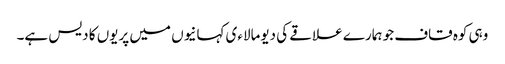
وہی کوہ قاف جو ہمارے علاقے کی دیومالاءی کہانیوں میں پریوں کا دیس ہے۔